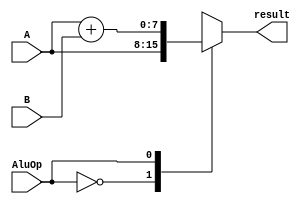

module ALU(A , B ,AluOp ,result);
input [7:0]A ;
input [7:0]B ;
input AluOp;
output reg [7:0]result;

always@(*)
begin
case(AluOp)

	1'b0	:	result=A;
	1'b1	:	result=A+B;
	endcase

end
endmodule